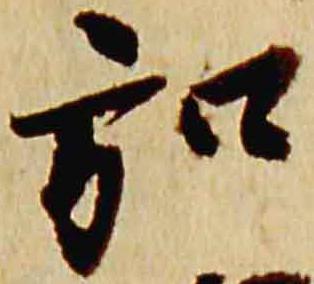
弘